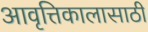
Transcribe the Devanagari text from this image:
आवृत्तिकालासाठी